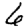
Digit: 6